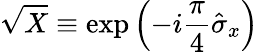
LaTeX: \sqrt{X}\equiv\exp\left(-i\frac{\pi}{4}\hat{\sigma}_{x}\right)